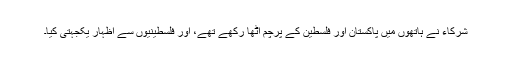
شرکاء نے ہاتھوں میں پاکستان اور فلسطین کے پرچم اٹھا رکهے تهے، اور فلسطینیوں سے اظہار یکجہتی کیا۔